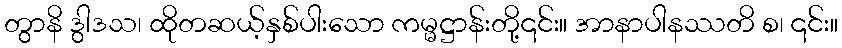
တွာနိ ဒွါဒသ၊ ထိုတဆယ့်နှစ်ပါးသော ကမ္မဋ္ဌာန်းတို့၎င်း။ အာနာပါနဿတိ စ၊ ၎င်း။